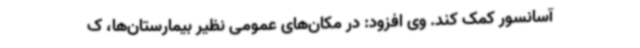
آسانسور کمک کند. وی افزود: در مکان‌های عمومی نظیر بیمارستان‌ها، ک